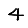
Digit: 4